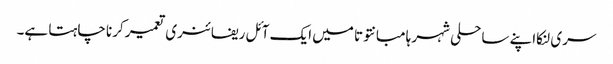
سری لنکااپنے ساحلی شہر ہامبانتوتا میں ایک آئل ریفائنری تعمیر کرنا چاہتا ہے۔